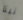
نينا